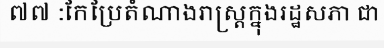
៧៧ :កែប្រែតំណាងរាស្ត្រក្នុងរដ្ឋសភា ជា